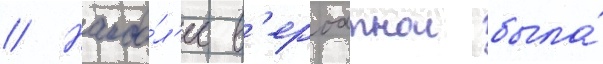
// Наибо́л'ее в'ероатнои была́